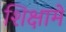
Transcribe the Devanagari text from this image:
शिक्षामे